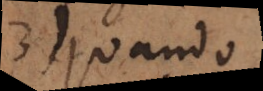
3) Quando